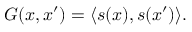
G ( x , x ^ { \prime } ) = \langle s ( x ) , s ( x ^ { \prime } ) \rangle .